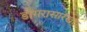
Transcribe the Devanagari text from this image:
डोंगरासारखा